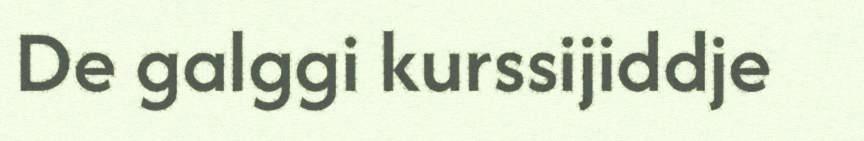
De galggi kurssijiddje